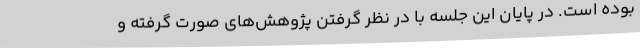
بوده است. در پایان این جلسه با در نظر گرفتن پژوهش‌های صورت گرفته و